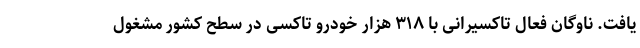
یافت. ناوگان فعال تاکسیرانی با ۳۱۸ هزار خودرو تاکسی در سطح کشور مشغول